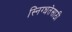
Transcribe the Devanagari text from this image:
स्निग्धतेसाठी